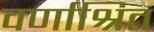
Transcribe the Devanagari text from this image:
वर्णाश्रित